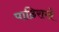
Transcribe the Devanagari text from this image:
पाठिराखे